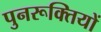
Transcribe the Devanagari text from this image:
पुनरूक्तियों